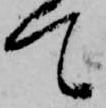
て